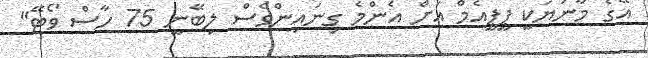
އޭގެ މާނަޔަކީ ޕީޕީއެމް އަށް އެންމެ ގިނައިންވެސް ލިބޭނީ 75 ހާސް ވޯޓޭ"